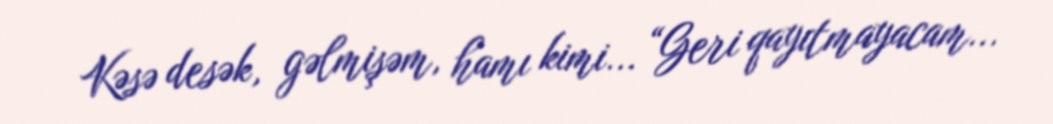
Kəsə desək, gəlmişəm, hamı kimi... “Geri qayıtmayacam...